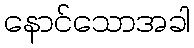
နောင်သောအခါ